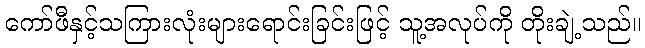
ကော်ဖီနှင့်သကြားလုံးများရောင်းခြင်းဖြင့် သူ့အလုပ်ကို တိုးချဲ့သည်။